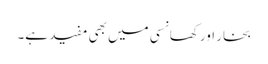
بخار اور کھانسی میں بھی مفید ہے۔